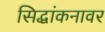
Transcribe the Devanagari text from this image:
सिद्धांकनावर